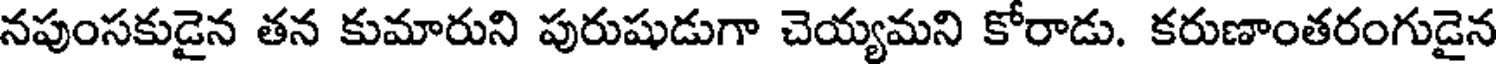
నపుంసకుడైన తన కుమారుని పురుషుడుగా చెయ్యమని కోరాడు. కరుణాంతరంగుడైన